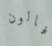
فالون